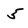
Character: 5